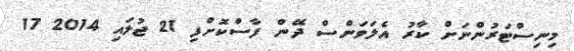
މިނިސްޓަރުންނަށް ކާރު އެލަވަންސް ދޭން ފާސްކޮށްފި 21 ޖުލައި 2014 17